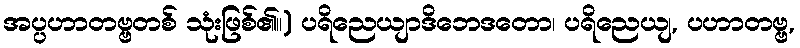
အပ္ပဟာတဗ္ဗတစ် သုံးဖြစ်၏။) ပရိညေယျာဒိဘေဒတော၊ ပရိညေယျ, ပဟာတဗ္ဗ,